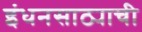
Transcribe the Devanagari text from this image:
इंधनसाठ्याची